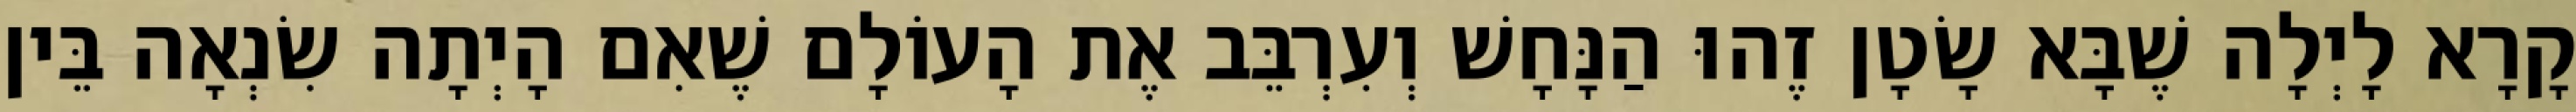
קָרָא לָיְלָה שֶׁבָּא שָׂטָן זֶהוּ הַנָּחָשׁ וְעִרְבֵּב אֶת הָעוֹלָם שֶׁאִם הָיְתָה שִׂנְאָה בֵּין